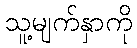
သူ့မျက်နှာကို